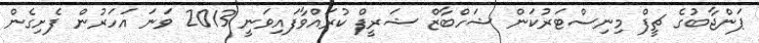
ޕަންޖާބުގެ ޗީފް މިނިސްޓަރުކަން ޝަހްބާޒް ޝަރީފް ކުރައްވާފައިވަނީ 2013 ވަނަ އަހަރުން ފެށިގެން